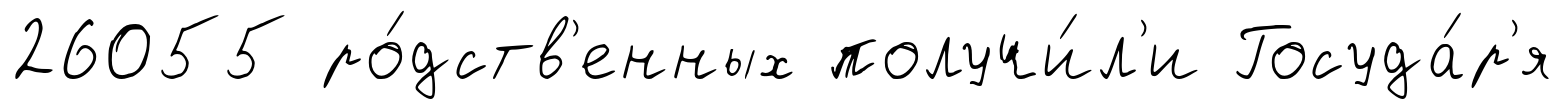
26055 ро́дств'енных получи́л'и Госуда́р'я